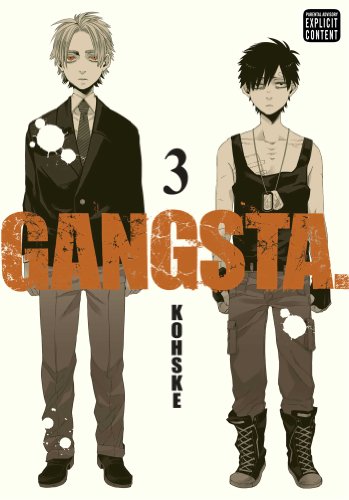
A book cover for Gangsta., Vol. 3; Kohske; Comics & Graphic Novels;